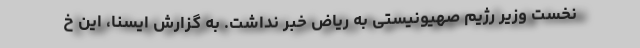
نخست وزیر رژیم صهیونیستی به ریاض خبر نداشت. به گزارش ایسنا، این خ